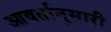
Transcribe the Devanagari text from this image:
आवर्तानुसारी